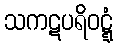
သကဋပရိဝဋ္ဋံ